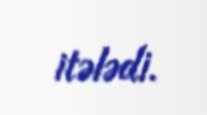
itələdi.